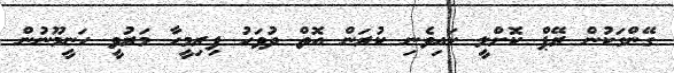
ގޭންގަކުން ރޭޕް ކޮށްލީ ކައިވެނި ކުރަން އޮތް ދުވަހު ފިރިމީހާ މަރުވީ ހަނީމޫނުން